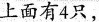
上面有4只，